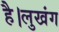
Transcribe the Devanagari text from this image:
है।लुखंग